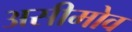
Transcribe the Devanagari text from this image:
असीमोव